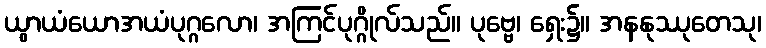
ယွာယံယောအယံပုဂ္ဂလော၊ အကြင်ပုဂ္ဂိုလ်သည်။ ပုဗ္ဗေ၊ ရှေး၌။ အနနုဿုတေသု၊